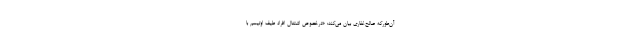
آن‌طورکه صالح‌غفاری بیان می‌کند: «درخصوص اشتغال افراد طیف اوتیسم با